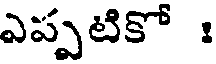
ఎప్పటికో :